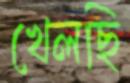
খেলছি